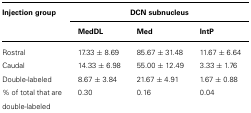
| Injection group | <COLSPAN=3> DCN subnucleus |
 |  | MedDL | Med | IntP |
 | --- | --- | --- | --- |
 | Rostral | 17.33 ± 8.69 | 85.67 ± 31.48 | 11.67 ± 6.64 |
 | Caudal | 14.33 ± 6.98 | 55.00 ± 12.49 | 3.33 ± 1.76 |
 | Double-labeled | 8.67 ± 3.84 | 21.67 ± 4.91 | 1.67 ± 0.88 |
 | % of total that are double-labeled | 0.30 | 0.16 | 0.04 |